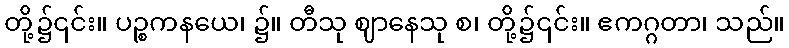
တို့၌၎င်း။ ပဉ္စကနယေ၊ ၌။ တီသု ဈာနေသု စ၊ တို့၌၎င်း။ ဧကဂ္ဂတာ၊ သည်။